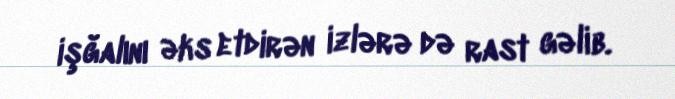
işğalını əks etdirən izlərə də rast gəlib.